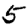
Digit: 5